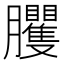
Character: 𦣒